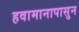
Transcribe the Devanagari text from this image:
हवामानापासुन